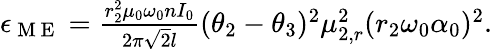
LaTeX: \begin{array}{r}{\epsilon_{\mathrm{~M~E~}}=\frac{r_{2}^{2}\mu_{0}\omega_{0}nI_{0}}{2\pi\sqrt{2}l}(\theta_{2}-\theta_{3})^{2}\mu_{2,r}^{2}(r_{2}\omega_{0}\alpha_{0})^{2}.}\end{array}